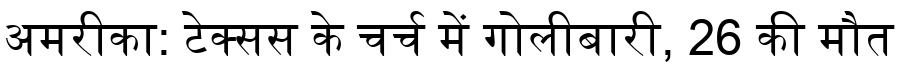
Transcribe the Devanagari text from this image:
अमरीका: टेक्सस के चर्च में गोलीबारी, 26 की मौत